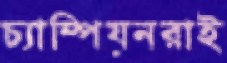
চ্যাম্পিয়নরাই